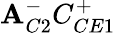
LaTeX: \mathbf{A}_{C2}^{-}C_{CE1}^{+}